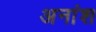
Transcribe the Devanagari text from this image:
अनांश